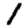
Digit: 1